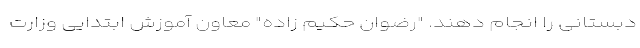
دبستانی را انجام دهند. "رضوان حکیم زاده" معاون آموزش ابتدایی وزارت